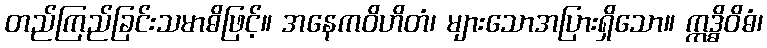
တည်ကြည်ခြင်းသမာဓိဖြင့်။ အနေကဝိဟိတံ၊ များသောအပြားရှိသော။ ဣဒ္ဓိဝိဓံ၊